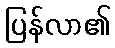
ပြန်လာ၏